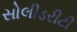
સોલીડરીટી